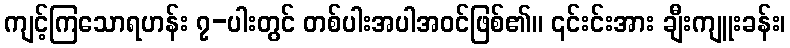
ကျင့်ကြသောရဟန်း ၇-ပါးတွင် တစ်ပါးအပါအဝင်ဖြစ်၏။ ၎င်းင်းအား ချီးကျူးခန်း၊